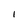
Character: i